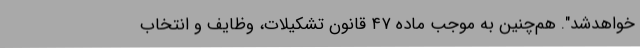
خواهدشد". هم‌چنین به موجب ماده ۴۷ ‌قانون تشکیلات، وظایف و انتخاب